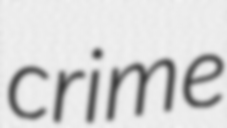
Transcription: crime